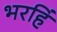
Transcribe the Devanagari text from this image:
भरहिं